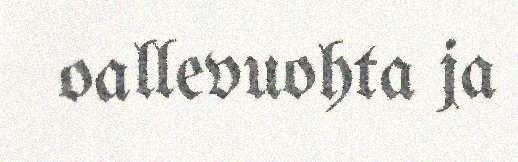
oallevuohta ja